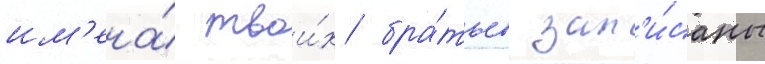
им'ена́ твои́х бра́тьев зап'и́саны